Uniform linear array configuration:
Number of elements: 12
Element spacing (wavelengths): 0.75
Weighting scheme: hann
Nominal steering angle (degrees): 0
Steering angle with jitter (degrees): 0.6045
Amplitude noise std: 0.05
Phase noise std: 0.05

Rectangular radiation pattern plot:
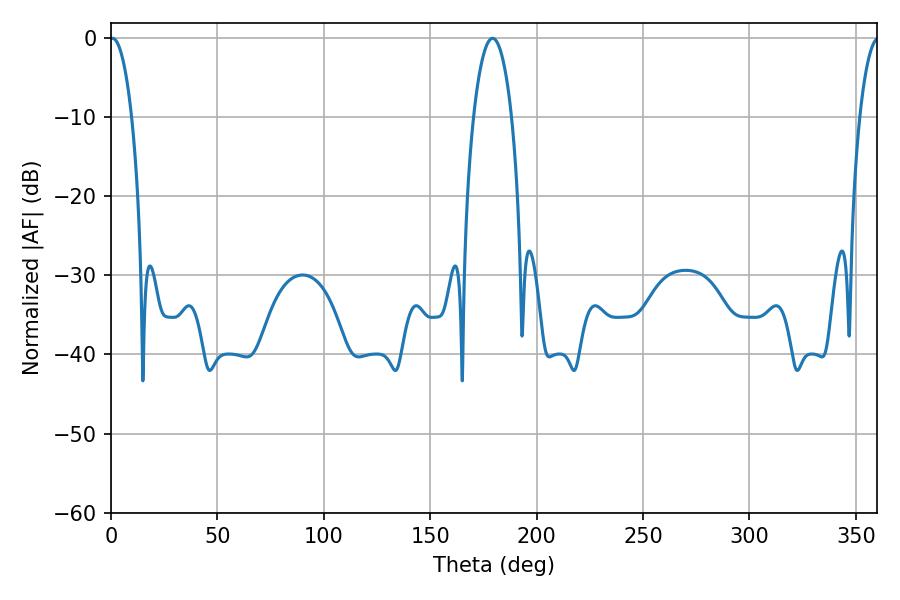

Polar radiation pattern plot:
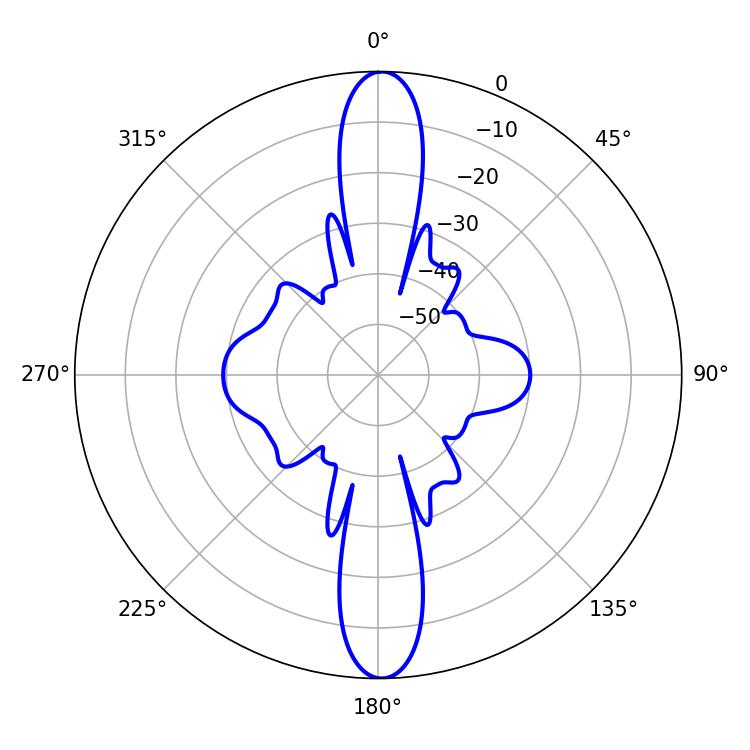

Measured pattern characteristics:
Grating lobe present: TRUE
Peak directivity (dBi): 26.553
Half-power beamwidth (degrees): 5.76
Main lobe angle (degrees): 0.72